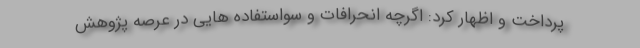
پرداخت و اظهار کرد: اگرچه انحرافات و سواستفاده هایی در عرصه پژوهش